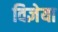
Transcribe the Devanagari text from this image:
विज्ञेया